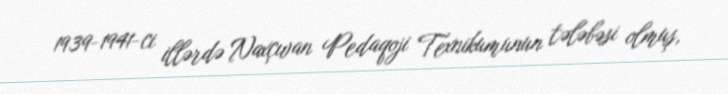
1939-1941-ci illərdə Naxçıvan Pedaqoji Texnikumunun tələbəsi olmuş,